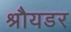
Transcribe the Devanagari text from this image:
श्रौयडर